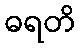
ဓရတိ